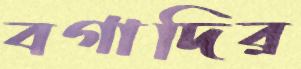
বগাদির